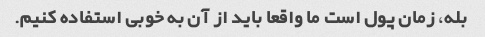
بله، زمان پول است ما واقعا باید از آن به خوبی استفاده کنیم.